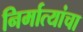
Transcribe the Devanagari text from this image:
निर्मात्यांचा